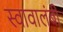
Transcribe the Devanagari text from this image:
स्वावालंबी